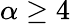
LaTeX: \alpha\geq 4